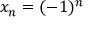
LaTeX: x _ { n } = ( - 1 ) ^ { n }